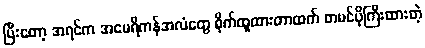
ပြီးတော့ အရင်က အမေရိကန်အလံတွေ စိုက်ထူထားတာထက် တမင်ပိုကြီးထားတဲ့